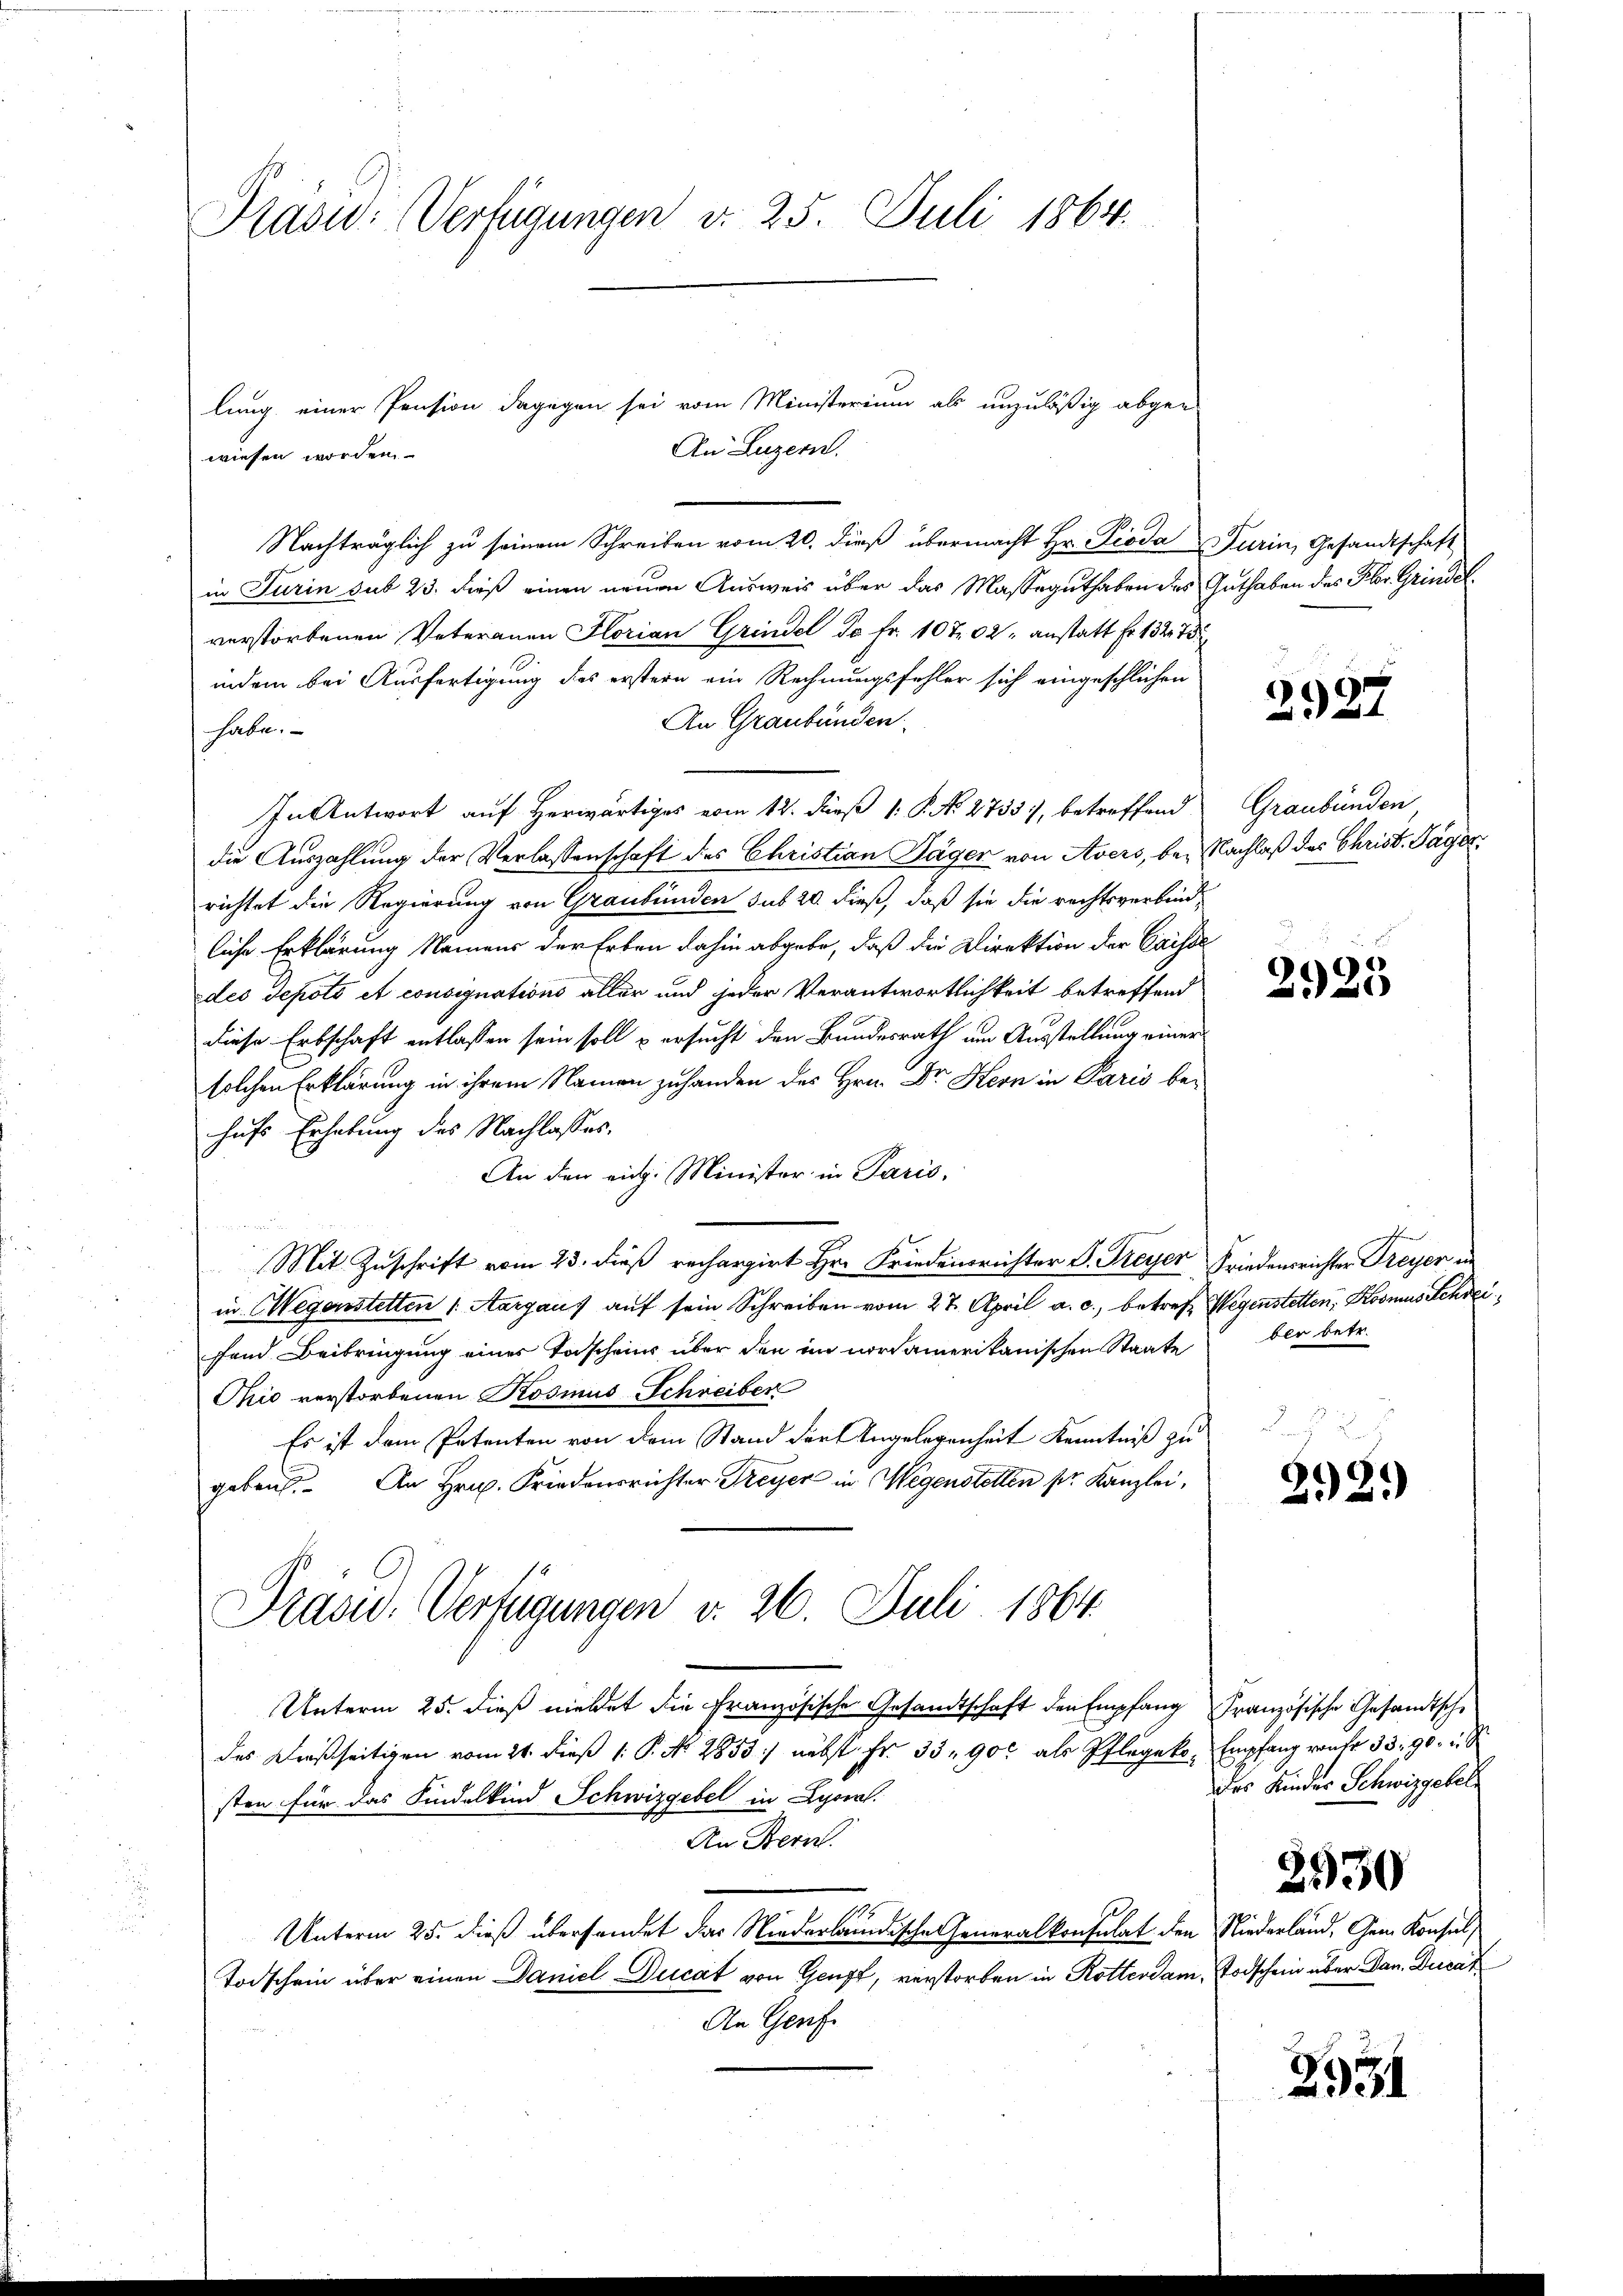
Pasu: Verfügungen v. 25. Juli 1864.

Nachträglich zu seinem Schreiben vom 20. dieß übermacht Hr. Pioda Turin, Gesandtschaft
in Turin sub 23. dieß einen neuen Ausweis über das Masseguthaben des Guthaben des Flor. Grindel.
verstorbenen Vateranen Florian Grindel da Fr. 10 t. 02, anstatt Fr. 132. 73
indem bei Ausfertigung des erstern ein Rechnungsfehler sich eingeschlichen
An Graubünden.
habe.
In Antwort auf Herwärtiges vom 12. dieß 1: P. No. 2733), betreffend
die Auszahlung der Verlassenschaft des Christian Jäger von Avers, bei Nachlaß des Christ. Tage
richtet die Regierung von Graubünden sub 20. dieß, daß sie die rechtsverbindliche Erklärung Namens der Erben dahin abgebe, daß die Direktion der Caisse
e
des Sepoto et consignations aller und jeder Verantwortlichkeit betreffend
diese Erbschaft entlassen sein soll u ersucht den Bundesrath am Ausstellung einer
solchen Erklärung in ihrem Namen zuhanden des Hrn. Dr Kern in Paris be-
hufs Erhebung des Nachlasses.
An den rich. Minister in Paris,
 1 angen
Mit Zuschrift vom 23. dieß rechargirt Hr. Friedensrichter P. Freyer Friedensrichter Freyer in
in Wegenstetten 1. Aargaus auf sein Schreiben vom 27. April a. c., betreff Wegenstetten, Kosmus Schreifend Beibringung eines Torschein über den im nordamerikanischen Staate
Thio verstorbenen Rosius Schreiber
Es ist dem Petenten von dem Stand der Angelegenheit Kenntniß zu
gebaut. An Hrn. Friedensrichter Freyer in Wegenstetten pr. Kanzlei,
Präsid. Verfügungen v. 26. Juli 1864.
Unterm 25. dieß meldet die Französische Gesandtschaft den Empfang Französische Gesandtsche
das Dießseitigen vom 24. dieß 1: P. Nr. 2853) nebst Fr. 33. 900 als Pflegeko, Empfang von 33. 90 u. S
d
sten für das Kindelkind Schwizgebel in Lyoral.
An Bern.
Unterm 25. dieß übersendet der Niederbundische Generalkonsulat den Niederland, Gem. Konsul,
Todschein über einen Daniel Ducat von Genf, verstorben in Rotterdam
An Genf.

lung einer Pension dagegen sei vom Ministerium als unzuläßig abgen
An Luzern.
wiesen worden

2927

Graubünden

2925

ber betr.

2.21)

des Kinder Schwizgesel

Todschen über Dan. Ducat

2930

2934